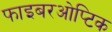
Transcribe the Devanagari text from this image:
फाइबरओप्टिक